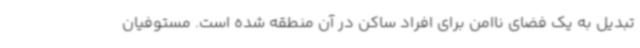
تبدیل به یک فضای ناامن برای افراد ساکن در آن منطقه شده است. مستوفیان